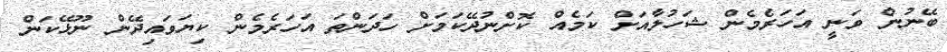
ބޭނުން ވަނީ އަހަރެމެން ޝަހުލާއަށް ކަމެއް ކޮށްނުދޭކަމަށް ހަދަންތަ އަހަރެމެން ކިޔަވައިދޭން ނޫޅޭކަން